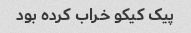
پیک کیکو خراب کرده بود